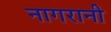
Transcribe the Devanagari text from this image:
नागरानी